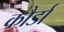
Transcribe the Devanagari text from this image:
कौर्डा